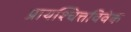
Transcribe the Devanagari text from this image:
प्रायश्चित्तविवेक